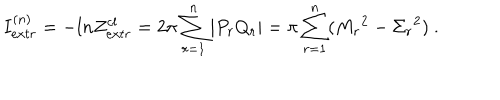
I _ { e x t r } ^ { ( n ) } = - l n Z _ { e x t r } ^ { c l } = 2 \pi \sum _ { r = 1 } ^ { n } | P _ { r } Q _ { r } | = \pi \sum _ { r = 1 } ^ { n } ( { M _ { r } } ^ { 2 } - { \Sigma _ { r } } ^ { 2 } ) \ .